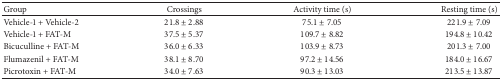
| Group | Crossings | Activity time (s) | Resting time (s) |
 | --- | --- | --- | --- |
 | Vehicle-1 + Vehicle-2 | 21.8 ± 2.88 | 75.1 ± 7.05 | 221.9 ± 7.09 |
 | Vehicle-1 + FAT-M | 37.5 ± 5.37 | 109.7 ± 8.82 | 194.8 ± 10.42 |
 | Bicuculline + FAT-M | 36.0 ± 6.33 | 103.9 ± 8.73 | 201.3 ± 7.00 |
 | Flumazenil + FAT-M | 38.1 ± 8.70 | 97.2 ± 14.56 | 184.0 ± 16.67 |
 | Picrotoxin + FAT-M | 34.0 ± 7.63 | 90.3 ± 13.03 | 213.5 ± 13.87 |